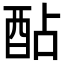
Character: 酟